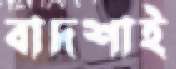
বাদশাই